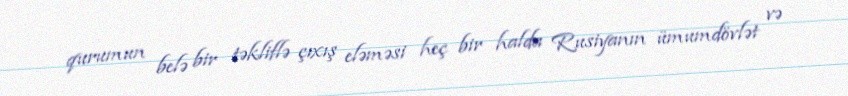
qurumun belə bir təkliflə çıxış eləməsi heç bir halda Rusiyanın ümumdövlət və